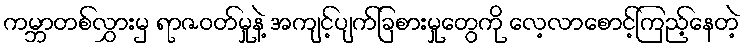
ကမ္ဘာတစ်လွှားမှ ရာဇဝတ်မှုနဲ့ အကျင့်ပျက်ခြစားမှုတွေကို လေ့လာစောင့်ကြည့်နေတဲ့